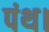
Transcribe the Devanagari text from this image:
पंथ।